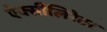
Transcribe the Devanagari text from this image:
ऐक्सीलिरेटर